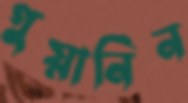
গুয়ানিন